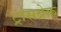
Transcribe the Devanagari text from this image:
ट्रांसब्रेक